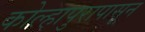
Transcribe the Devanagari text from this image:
कोल्हापुरापासून